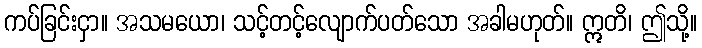
ကပ်ခြင်းငှာ။ အသမယော၊ သင့်တင့်လျောက်ပတ်သော အခါမဟုတ်။ ဣတိ၊ ဤသို့။